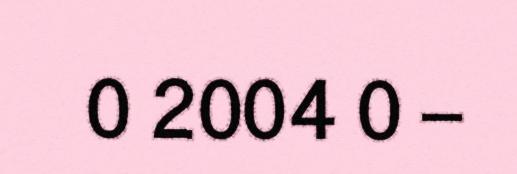
0 2004 0 –